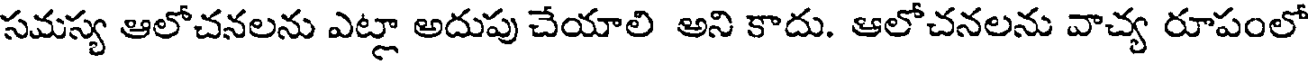
సమస్య ఆలోచనలను ఎట్లా అదుపు చేయాలి అని కాదు. ఆలోచనలను వాచ్య రూపంలో